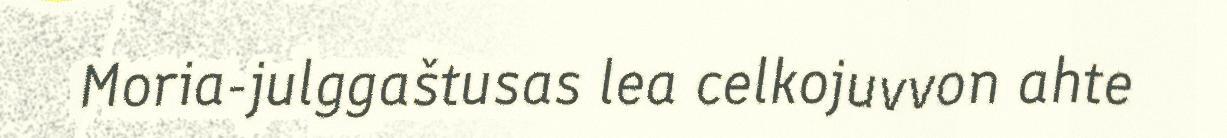
Moria-julggaštusas lea celkojuvvon ahte